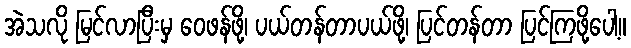
အဲသလို မြင်လာပြီးမှ ဝေဖန်ဖို့၊ ပယ်တန်တာပယ်ဖို့၊ ပြင်တန်တာ ပြင်ကြဖို့ပေါ့။